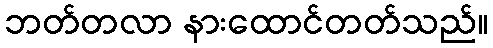
ဘတ်တလာ နားထောင်တတ်သည်။